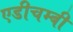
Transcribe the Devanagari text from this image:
एडीचम्बी